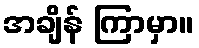
အချိန် ကြာမှာ။